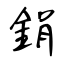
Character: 鋗